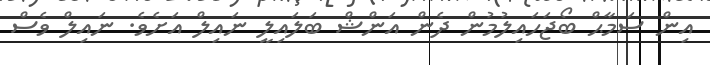
އިން ސަމާޙް ބޯޖަހައިލުމުން ދެން އަންޝް ބަލައިލީ ނައިލް އަށެވެ. ނައިލް ވެސް